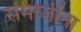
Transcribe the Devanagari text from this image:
समाजींना